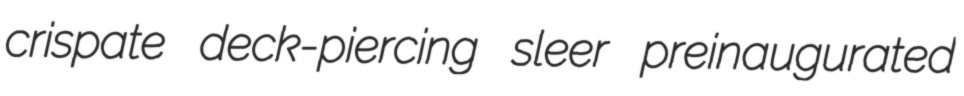
crispate deck-piercing sleer preinaugurated